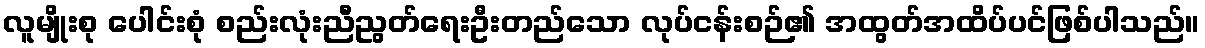
လူမျိုးစု ပေါင်းစုံ စည်းလုံးညီညွတ်ရေးဦးတည်သော လုပ်ငန်းစဉ်၏ အထွတ်အထိပ်ပင်ဖြစ်ပါသည်။